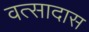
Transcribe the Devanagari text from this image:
वत्सादास